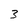
Character: 3